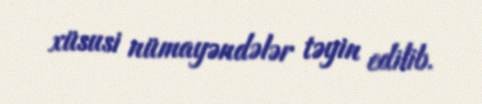
xüsusi nümayəndələr təyin edilib.